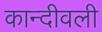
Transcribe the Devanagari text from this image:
कान्दीवली